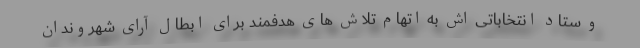
و ستاد انتخاباتی اش به اتهام تلاش های هدفمند برای ابطال آرای شهروندان